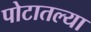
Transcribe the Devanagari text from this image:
पोटातल्या